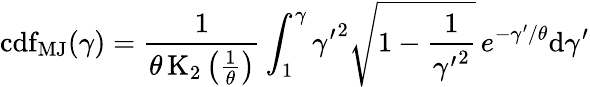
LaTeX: \operatorname{cdf}_{\mathrm{MJ}}(\gamma)={\frac{1}{\theta\operatorname{K}_{2}\left({\frac{1}{\theta}}\right)}}\int_{1}^{\gamma}{\gamma^{\prime}}^{2}{\sqrt{1-{\frac{1}{{\gamma^{\prime}}^{2}}}}}\, e^{-\gamma^{\prime}/\theta}\mathrm{d}\gamma^{\prime}